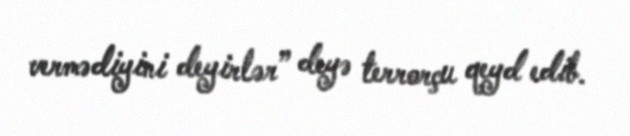
vermədiyini deyirlər” deyə terrorçu qeyd edib.